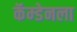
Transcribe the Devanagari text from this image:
कॅम्डेनला